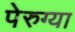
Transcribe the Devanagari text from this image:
पेरुग्या